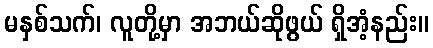
မနှစ်သက်၊ လူတို့မှာ အဘယ်ဆိုဖွယ် ရှိအံ့နည်း။